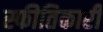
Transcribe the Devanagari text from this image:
स्फीतिकारी